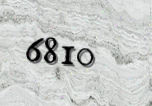
6810